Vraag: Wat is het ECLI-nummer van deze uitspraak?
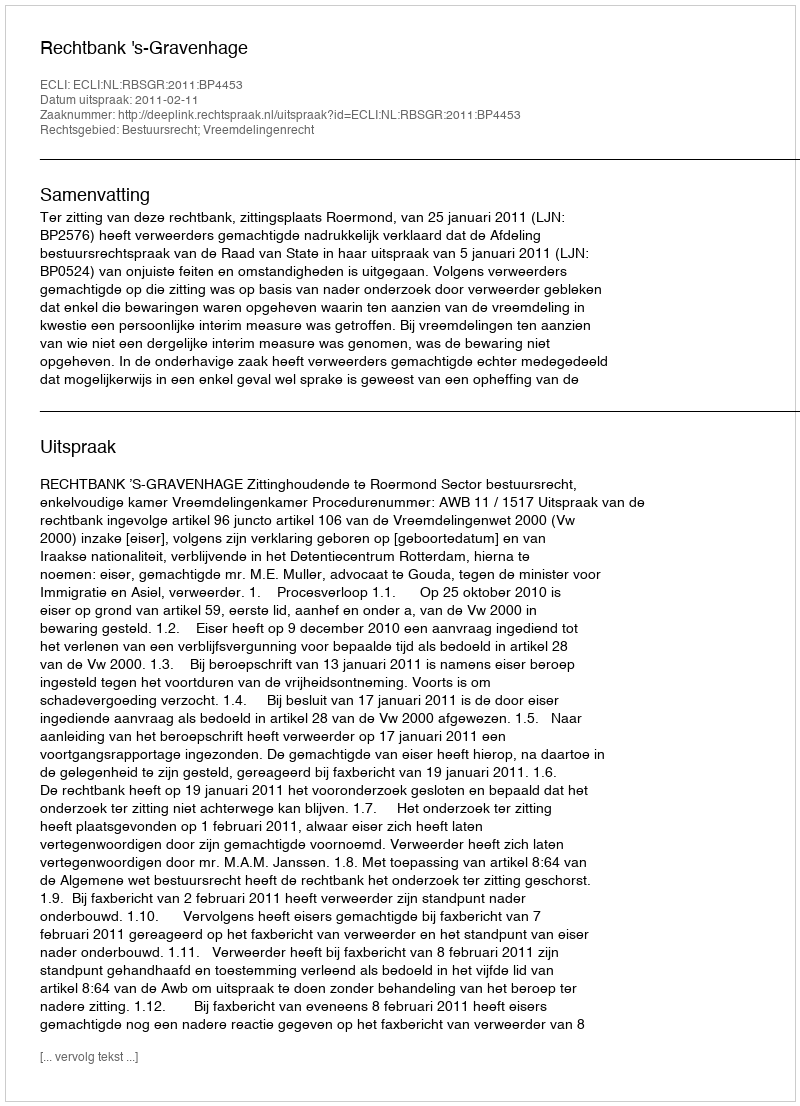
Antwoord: ECLI:NL:RBSGR:2011:BP4453